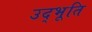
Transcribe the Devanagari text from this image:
उद्भूति